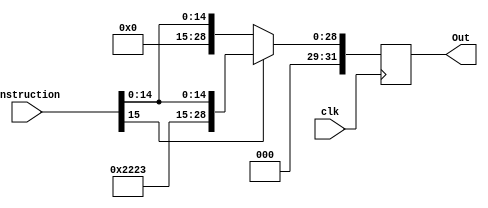
`timescale 1ns / 1ps
//////////////////////////////////////////////////////////////////////////////////
// Company: 
// Engineer: 
// 
// Design Name: 
// Module Name: Sign_ext
// Project Name: 
// Target Devices: 
// Tool Versions: 
// Description: 
// 
// Dependencies: 
// 
// Revision:
// Revision 0.01 - File Created
// Additional Comments:
// 
//////////////////////////////////////////////////////////////////////////////////


module Sign_ext(
    input clk,
    input [15:0] Instruction,
    output [31:0] Out
    );
    
    reg [31:0] out;
    assign Out = out;
    
    always @ (posedge clk) begin
        if(Instruction[15]==0) out = {16'h0000, Instruction};
        else out = {16'h1111, Instruction};
    end
    
endmodule